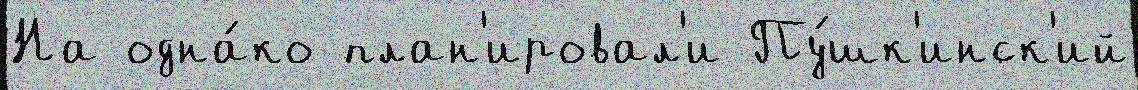
На одна́ко план'ировал'и Пу́шк'инск'ий